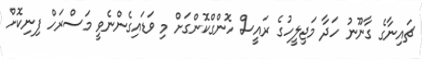
ޗައިނާގެ ގާނޫނު ހަދާ މަޖިލީހުގެ ރައީސް ހޮންގްކޮންގަށް މި ވަޑައިގެންނެވީ މަސްރަހް ފިނިކޮށް